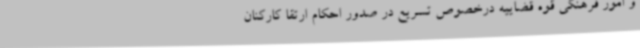
و امور فرهنگی قوه قضاییه درخصوص تسریع در صدور احکام ارتقا کارکنان